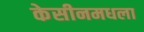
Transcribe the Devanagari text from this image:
केसीनमधला